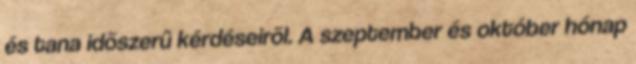
és tana idõszerû kérdéseirõl. A szeptember és október hónap